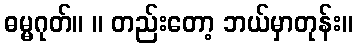
ဓမ္မဂုတ်။ ။ တည်းတော့ ဘယ်မှာတုန်း။